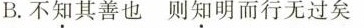
B.不知其善也则知明而行无过矣